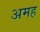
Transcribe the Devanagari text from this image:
अमह